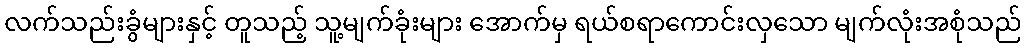
လက်သည်းခွံများနှင့် တူသည့် သူ့မျက်ခုံးများ အောက်မှ ရယ်စရာကောင်းလှသော မျက်လုံးအစုံသည်